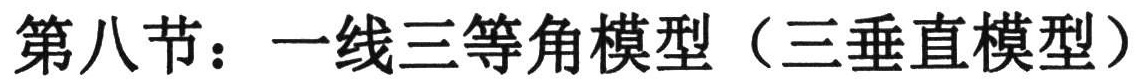
第八节：一线三等角模型（三垂直模型）